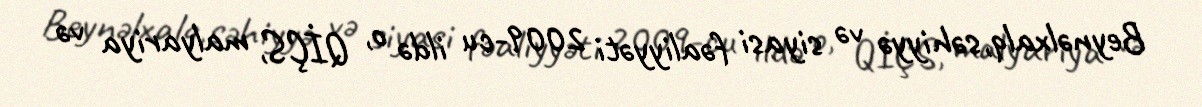
Beynəlxalq,səhiyyə və siyasi fəaliyyəti 2009-cu ildə o, QİÇS, malyariya və